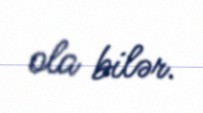
ola bilər.